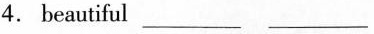
4. beautiful ___ ___